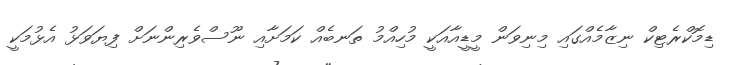
ޑިމޮކްރެޓިކް ނިޒާމެއްގައި މިނިވަން މީޑީއާއަކީ މުހިއްމު ތަނބެއް ކަމަށާއި ނޫސްވެރިންނަށް ފިޔަވަޅު އެޅުމަކީ